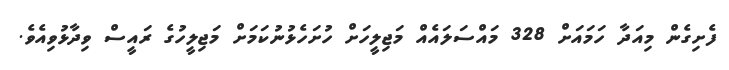
ފެށިގެން މިއަދާ ހަމައަށް 328 މައްސަލައެއް މަޖިލީހަށް ހުށަހެޅުނުކަމަށް މަޖިލީހުގެ ރައީސް ވިދާޅުވިއެވެ.